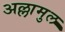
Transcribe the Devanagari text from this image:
अल्लामुल